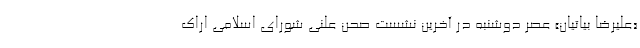
«علیرضا بیاتیان» عصر دوشنبه در آخرین نشست صحن علنی شورای اسلامی اراک